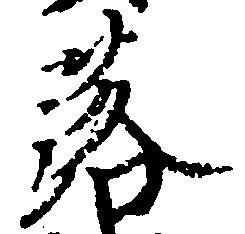
落